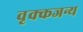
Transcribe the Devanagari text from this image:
वृक्कजन्य